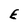
Character: E